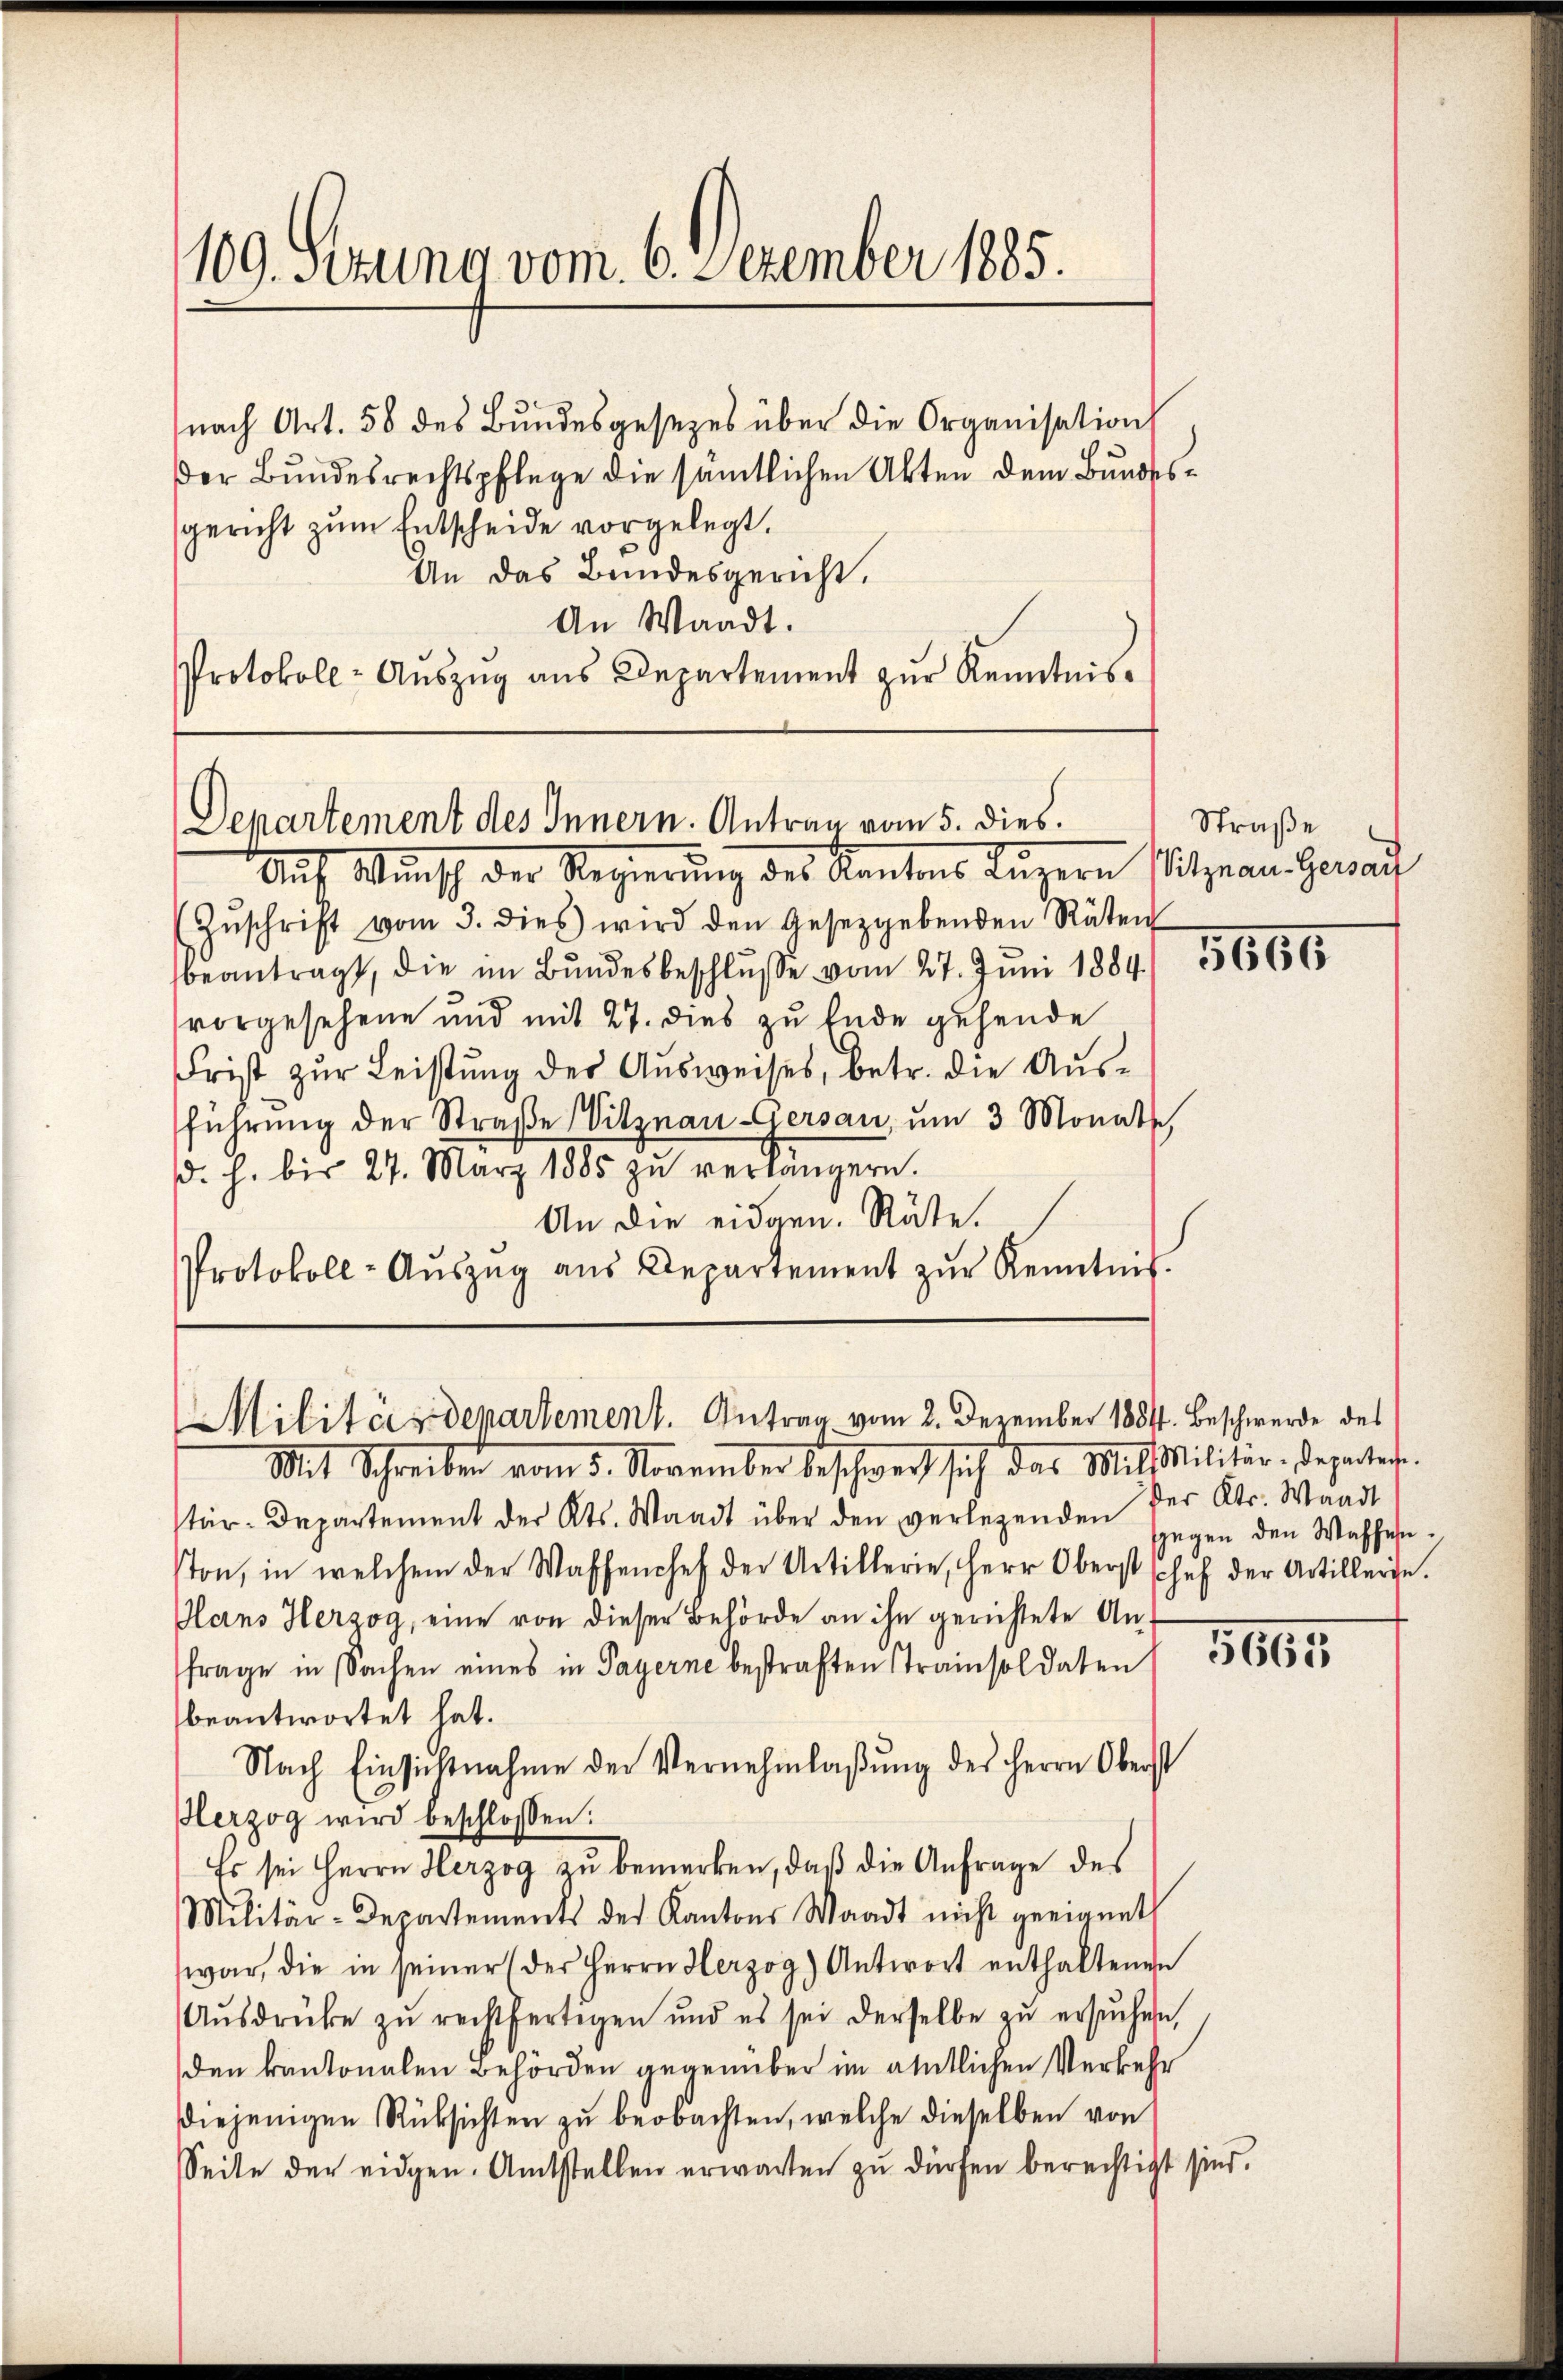
109. Serung vom 6. Dezember 1885.

der Bundesrechtspflege die sämtlichen Akten dem Bundesgericht zum Entscheide vorgelegt.
An das Bundesgericht.
An Waadt.
Protokoll- Auszug aus Departement zur Kenntnis¬

nach Art. 58 des Bundesgesezes über die Organisation

Departement des Innern. Antrag vom 5. dies.

Auf Wunsch der Regierung des Kantons Luzern sitzern Gerauf
(Zŭschrift vom 3. dies wird den Gesetzgebenden Räten
beantragt, die im Bundesbeschluße vom 27. Juni 1884/1566
vorgesehene und mit 27. dies zu Ende gehende
Frist zur Leistung der Ausweises, betr. die Ausführŭng der Straβe Vitznau-Gersau um 3 Monate,
d. h. bis 27. März 1885 zŭ verlängern.
An die eidgen. Räte.
Protokoll-Aŭszŭg aŭs Departement zŭr Kenntnis.

Militärdepartement. Antrag vom 2. Dezember 1884. Beschwerde des

Straße

Mit Schreiben vom 5. November beschweiz sich das Mililitar-Departer.
tär-Departement der Kts. Waadt über den verlegenden der Kts. Waadt
ston, in welchem der Waffenchef der Artillerie, Herr Oberst schef der Artillerge.
Plans Herzog, eine von dieser Behörde an ihn gerichtete An-
frage in Sachen eines in Payerne bestraften Trainsoldaten
beantwortet hat.
Nach Einsichtnahme der Vernehmlaβŭng des Herrn Oberst
Herzog wird beschlossen:
Es sei Herrn Herzog zu bemerken, daß die Anfrage des
Militär-Departements der Kantons Waadt nicht geeignet
war, die in seiner (der Herrn Herzog Antwort enthaltenen
Aŭsdrücke zŭ rechtfertigen und es sei derselbe zŭ ersŭchen,
den kantonalen Behörden gegenüber im amtlichen Verkehr
diejenigen Rüksichten zu beobachten, welche dieselben von
Seite der eidgen. Amtstellen erwarten zu dürfen berechtigt sind.

gegen den Wassen.

3665